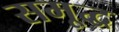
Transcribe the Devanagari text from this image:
समृ्द्ध